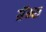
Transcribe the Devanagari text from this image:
ग्रॅम्स